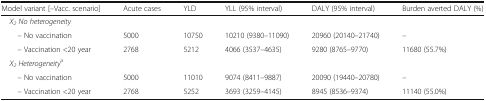
<table><thead><tr><td><b>Model variant [–Vacc. scenario]</b></td><td><b>Acute cases</b></td><td><b>YLD</b></td><td><b>YLL (95% interval)</b></td><td><b>DALY (95% interval)</b></td><td><b>Burden averted DALY (%)</b></td></tr></thead><tbody><tr><td colspan="6"> <i>X</i><sub><i>2</i></sub><i>No heterogeneity</i></td></tr><tr><td>– No vaccination</td><td>5000</td><td>10750</td><td>10210 (9380–11090)</td><td>20960 (20140–21740)</td><td>–</td></tr><tr><td>– Vaccination &lt;20 year</td><td>2768</td><td>5212</td><td>4066 (3537–4635)</td><td>9280 (8765–9770)</td><td>11680 (55.7%)</td></tr><tr><td colspan="6"> <i>X</i><sub><i>2</i></sub><i>Heterogeneity</i><sup>a</sup></td></tr><tr><td>– No vaccination</td><td>5000</td><td>11010</td><td>9074 (8411–9887)</td><td>20090 (19440–20780)</td><td>–</td></tr><tr><td>– Vaccination &lt;20 year</td><td>2768</td><td>5252</td><td>3693 (3259–4145)</td><td>8945 (8536–9374)</td><td>11140 (55.0%)</td></tr></tbody></table>